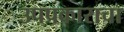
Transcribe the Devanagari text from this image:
उपप्रकाराचा